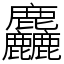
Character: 麤